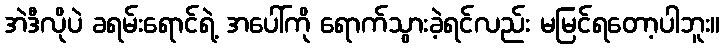
အဲဒီလိုပဲ ခရမ်းရောင်ရဲ့ အပေါ်ကို ရောက်သွားခဲ့ရင်လည်း မမြင်ရတော့ပါဘူး။